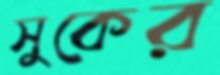
সুকের